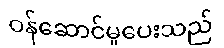
ဝန်ဆောင်မှုပေးသည်